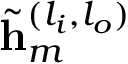
\tilde { \mathbf { h } } _ { m } ^ { ( l _ { i } , l _ { o } ) }